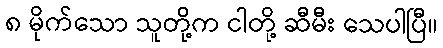
၈ မိုက်သော သူတို့က ငါတို့ ဆီမီး သေပါပြီ။